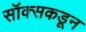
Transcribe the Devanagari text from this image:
सॉक्सकडून